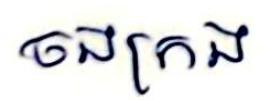
ចងក្រង